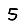
Digit: 5